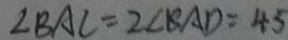
\angle B A C = 2 \angle B A D = 4 5